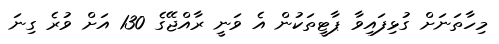
މިހާތަނަށް ގުޅިފައިވާ ޕާޓީތަކުން އެ ވަނީ ރާއްޖޭގެ 130 އަށް ވުރެ ގިނަ